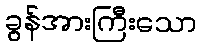
ခွန်အားကြီးသော